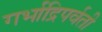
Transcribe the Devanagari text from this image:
गर्भाद्रिपर्वती